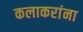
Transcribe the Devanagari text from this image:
कलाकरांना